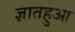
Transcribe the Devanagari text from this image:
ज्ञातहुआ